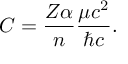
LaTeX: C = { \frac { Z \alpha } { n } } { \frac { \mu c ^ { 2 } } { \hbar c } } .